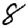
Digit: 8